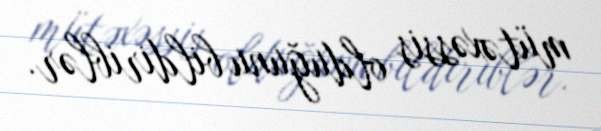
mütəxəssis olduğunu bildiriblər.